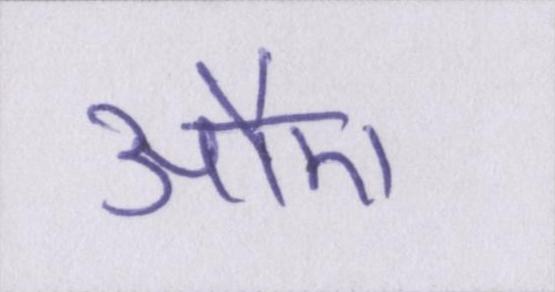
औए